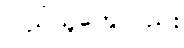
ပြည်သူတွေလည်း